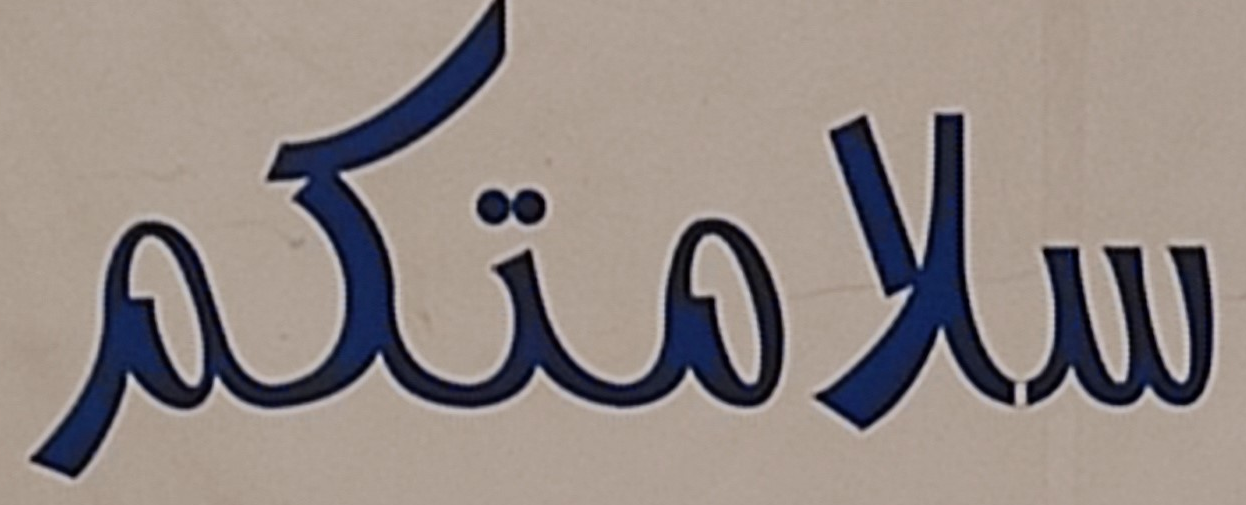
سلامتكم